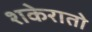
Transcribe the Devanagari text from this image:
शकेरातो